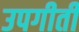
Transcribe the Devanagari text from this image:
उपगीती